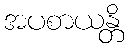
အပစာယန္တိ